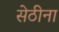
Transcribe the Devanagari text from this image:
सेठीना